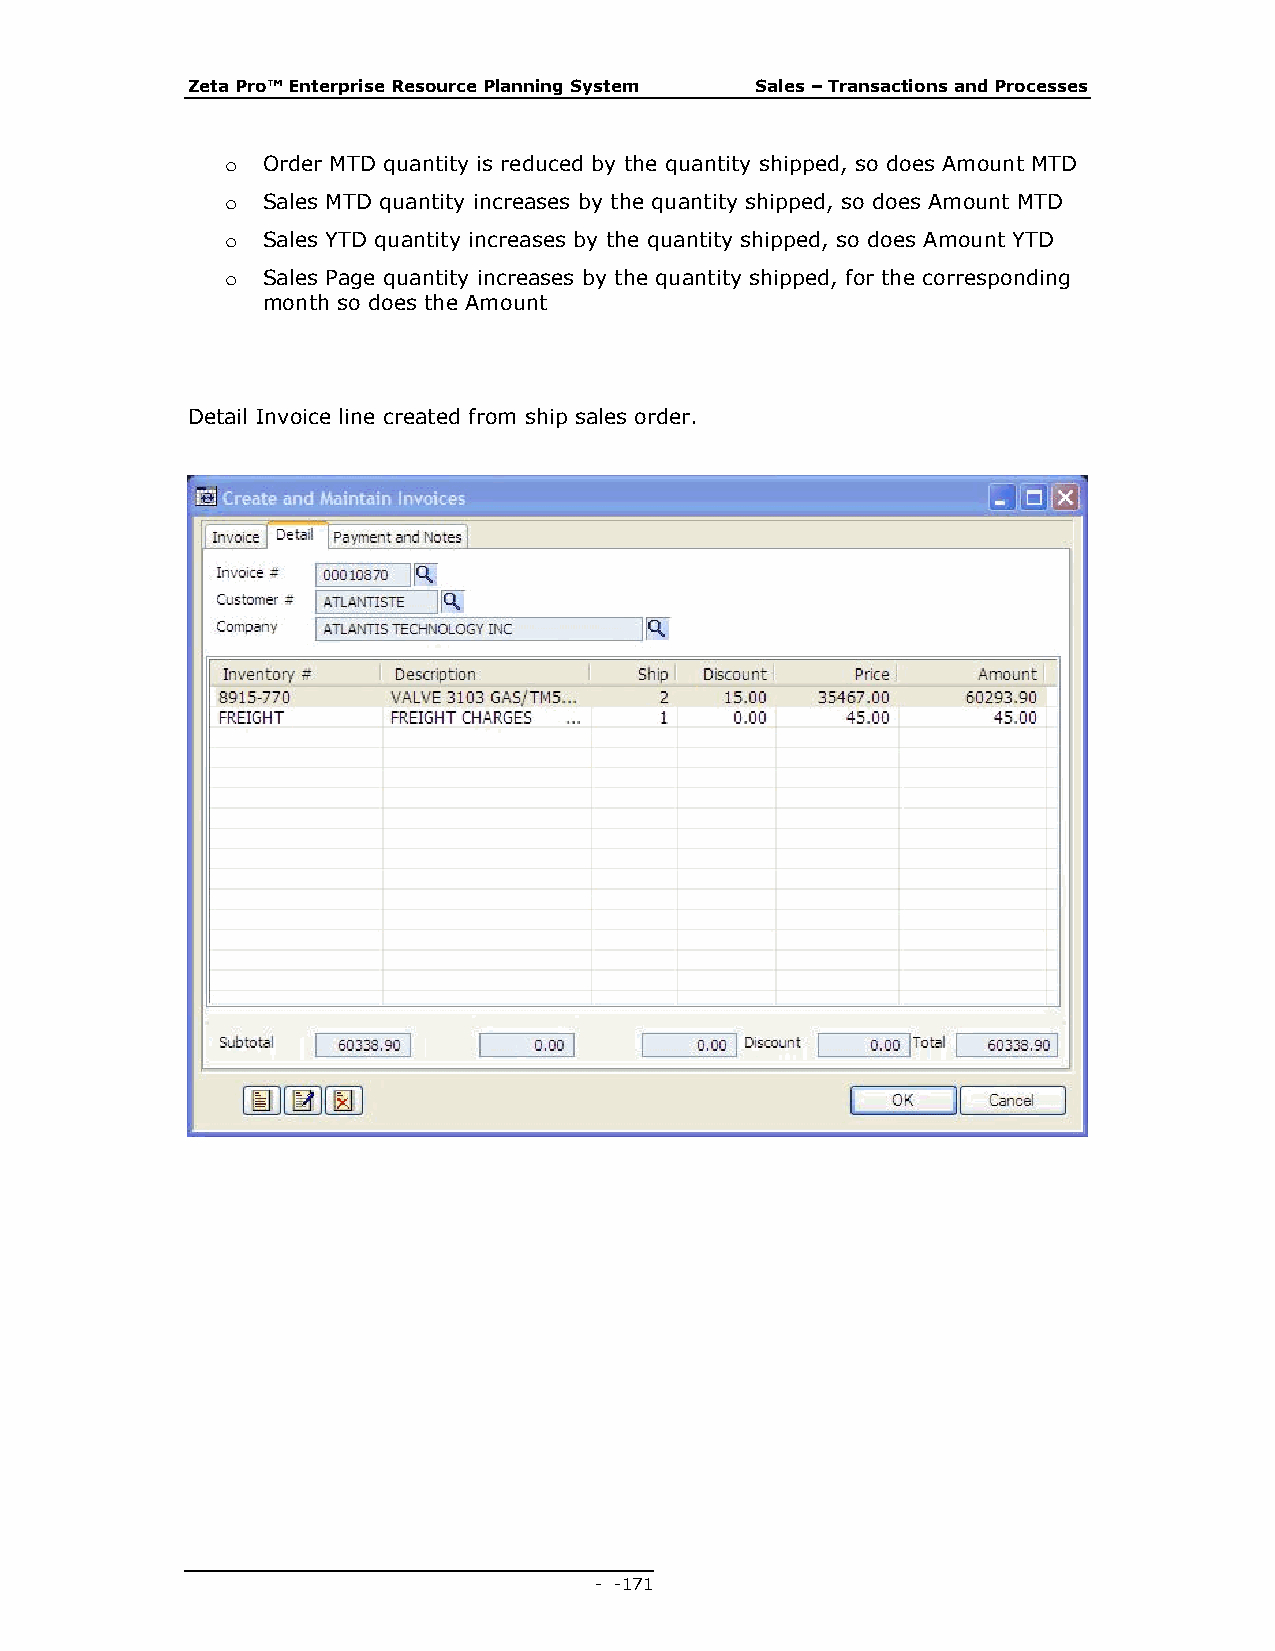
Zeta Pro™ Enterprise Resource Planning System Sales – Transactions and Processes
 o Order MTD quantity is reduced by the quantity shipped, so does Amount MTD
 o Sales MTD quantity increases by the quantity shipped, so does Amount MTD
 o Sales YTD quantity increases by the quantity shipped, so does Amount YTD
 o Sales Page quantity increases by the quantity shipped, for the corresponding
 month so does the Amount
 Detail Invoice line created from ship sales order.
 - - 171